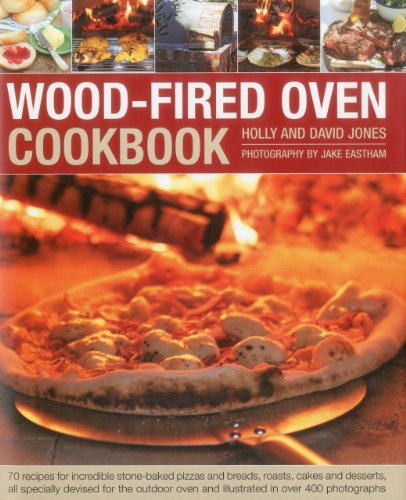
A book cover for Wood-Fired Oven Cookbook: 70 recipes for incredible stone-baked pizzas and breads, roasts, cakes and desserts, all specially devised for the outdoor oven and illustrated in over 400 photographs; Holly & David Jones; Cookbooks, Food & Wine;